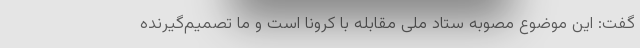
گفت: این موضوع مصوبه ستاد ملی مقابله با کرونا است و ما تصمیم‌گیرنده